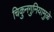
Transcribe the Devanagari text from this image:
चिकुनगुनियामुळे